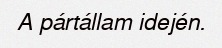
A pártállam idején.